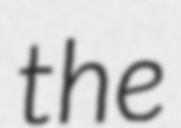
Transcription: the